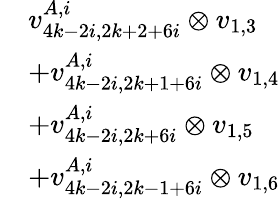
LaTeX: \begin{array}{rl}&{v_{4k-2i,2k+2+6i}^{A,i}\otimes v_{1,3}}\\ &{+v_{4k-2i,2k+1+6i}^{A,i}\otimes v_{1,4}}\\ &{+v_{4k-2i,2k+6i}^{A,i}\otimes v_{1,5}}\\ &{+v_{4k-2i,2k-1+6i}^{A,i}\otimes v_{1,6}}\end{array}